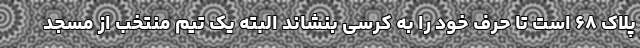
پلاک ۶۸ است تا حرف خود را به کرسی بنشاند البته یک تیم منتخب از مسجد